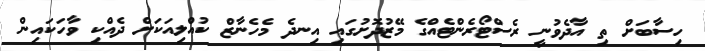
ހިސާބަށް ތި އާދެވުނީ ރެސްޓޯރެންޓެއްގެ މޭޒުދޮށުގައި އިނދެ މެހެނާޒް ކުއްލިއަކަށް ދެއްކި ވާހަކައިން